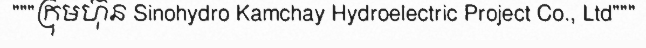
"""ក្រុមហ៊ុន Sinohydro Kamchay Hydroelectric Project Co., Ltd"""